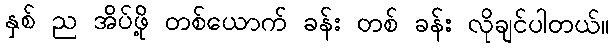
နှစ် ည အိပ်ဖို့ တစ်ယောက် ခန်း တစ် ခန်း လိုချင်ပါတယ်။